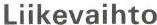
Liikevaihto